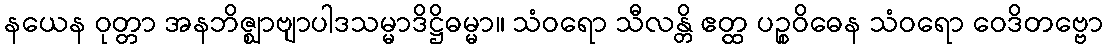
နယေန ဝုတ္တာ အနဘိဇ္ဈာဗျာပါဒသမ္မာဒိဋ္ဌိဓမ္မာ။ သံဝရော သီလန္တိ ဧတ္ထ ပဉ္စဝိဓေန သံဝရော ဝေဒိတဗ္ဗော